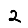
Digit: 2